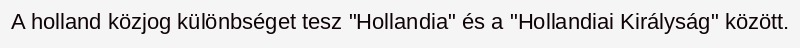
A holland közjog különbséget tesz "Hollandia" és a "Hollandiai Királyság" között.